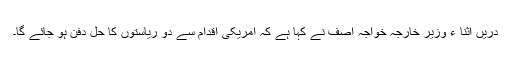
دریں اثنا ء وزیر خارجہ خواجہ آصف نے کہا ہے کہ امریکی اقدام سے دو ریاستوں کا حل دفن ہو جائے گا۔